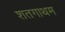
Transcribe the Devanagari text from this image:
शतगाथम